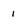
Character: I